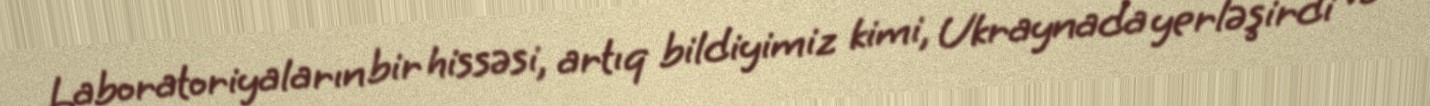
Laboratoriyaların bir hissəsi, artıq bildiyimiz kimi, Ukraynada yerləşirdi və